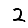
Digit: 2